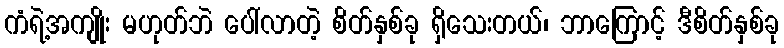
ကံရဲ့အကျိုး မဟုတ်ဘဲ ပေါ်လာတဲ့ စိတ်နှစ်ခု ရှိသေးတယ်၊ ဘာကြောင့် ဒီစိတ်နှစ်ခု